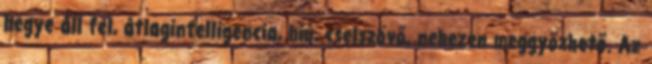
hegye áll fel, átlagintelligencia, hiú, cselszövő, nehezen meggyőzhető. Az